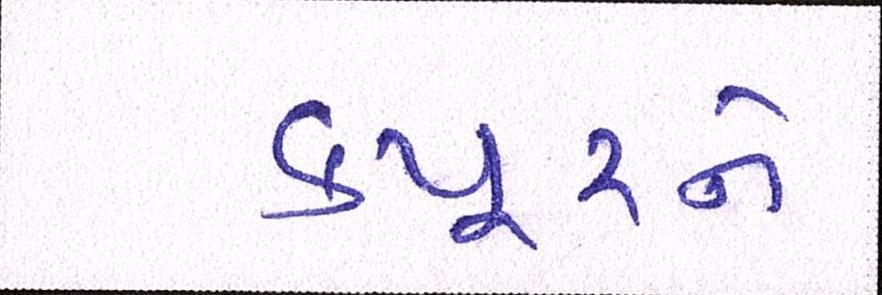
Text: કપૂરને